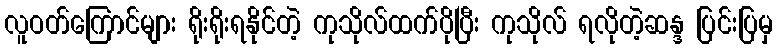
လူဝတ်ကြောင်များ ရိုးရိုးရနိုင်တဲ့ ကုသိုလ်ထက်ပိုပြီး ကုသိုလ် ရလိုတဲ့ဆန္ဒ ပြင်းပြမှ